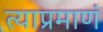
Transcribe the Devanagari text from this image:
त्याप्रमाणं